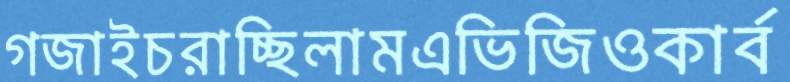
গজাইচরাচ্ছিলামএভিজিওকার্ব